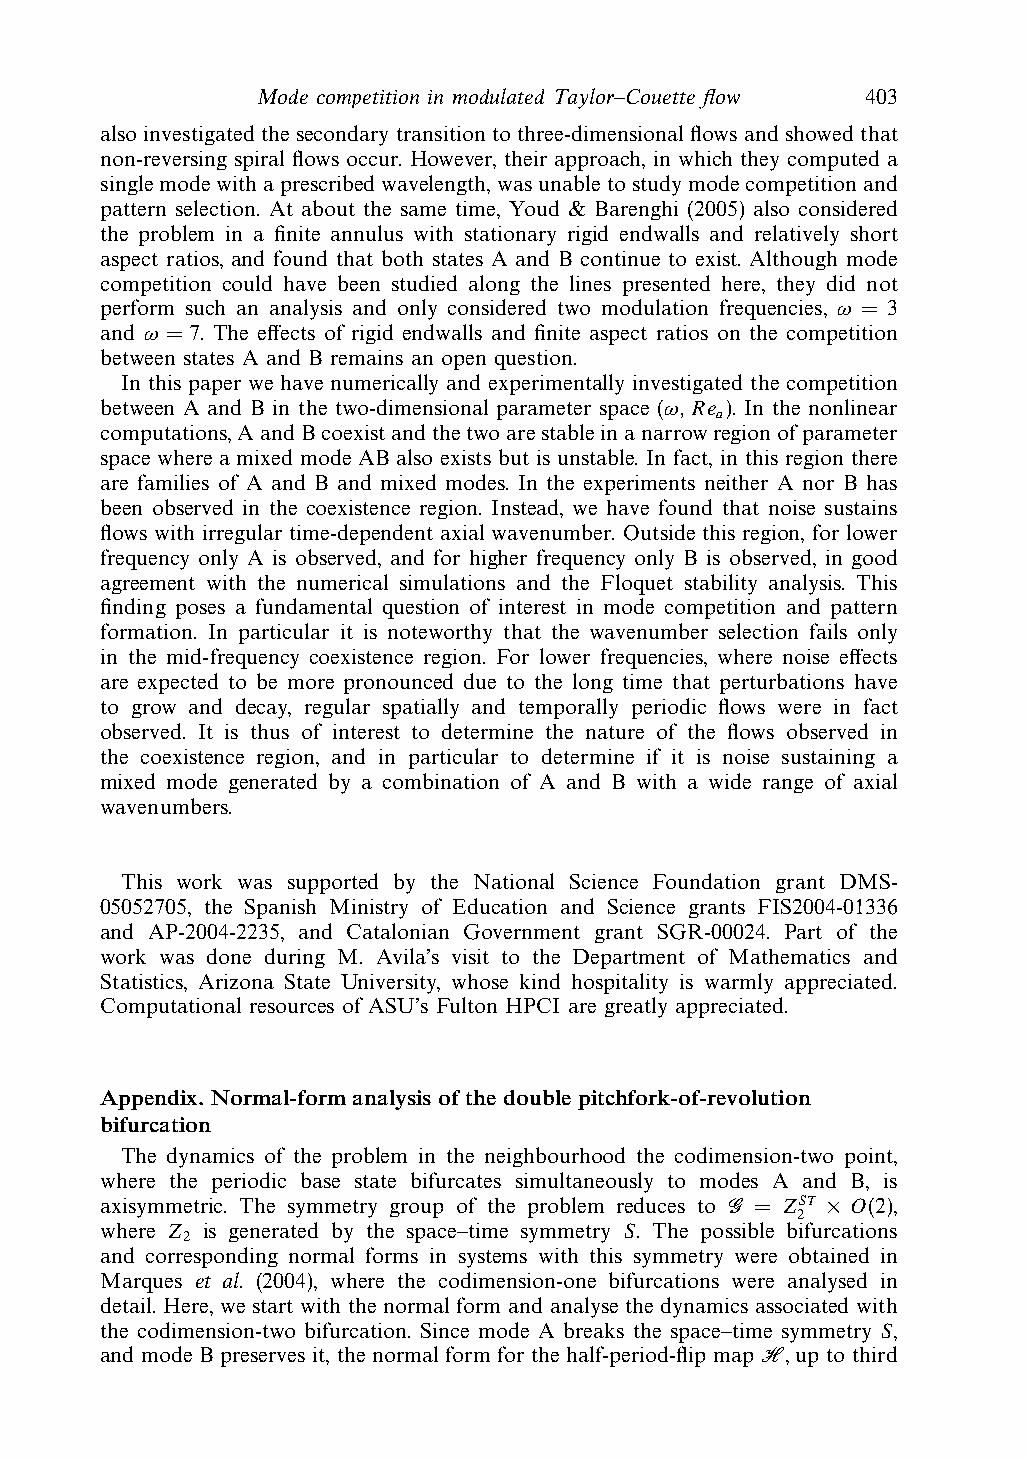
Mode competition in modulated Taylor–Couette flow 403
 also investigated the secondary transition to three-dimensional flows and showed that
 non-reversing spiral flows occur. However, their approach, in which they computed a
 singlemodewithaprescribedwavelength,wasunabletostudymodecompetitionand
 pattern selection. At about the same time, Youd & Barenghi (2005) also considered
 the problem in a finite annulus with stationary rigid endwalls and relatively short
 aspect ratios, and found that both states A and B continue to exist. Although mode
 competition could have been studied along the lines presented here, they did not
 perform such an analysis and only considered two modulation frequencies, ω = 3
 and ω = 7. The effects of rigid endwalls and finite aspect ratios on the competition
 between states A and B remains an open question.
 In this paper we have numerically and experimentally investigated the competition
 between A and B in the two-dimensional parameter space (ω,Re ). In the nonlinear
 a
 computations,AandBcoexistandthetwoarestableinanarrowregionofparameter
 space where a mixed mode AB also exists but is unstable. In fact, in this region there
 are families of A and B and mixed modes. In the experiments neither A nor B has
 been observed in the coexistence region. Instead, we have found that noise sustains
 flows with irregular time-dependent axial wavenumber. Outside this region, for lower
 frequency only A is observed, and for higher frequency only B is observed, in good
 agreement with the numerical simulations and the Floquet stability analysis. This
 finding poses a fundamental question of interest in mode competition and pattern
 formation. In particular it is noteworthy that the wavenumber selection fails only
 in the mid-frequency coexistence region. For lower frequencies, where noise effects
 are expected to be more pronounced due to the long time that perturbations have
 to grow and decay, regular spatially and temporally periodic flows were in fact
 observed. It is thus of interest to determine the nature of the flows observed in
 the coexistence region, and in particular to determine if it is noise sustaining a
 mixed mode generated by a combination of A and B with a wide range of axial
 wavenumbers.
 This work was supported by the National Science Foundation grant DMS-
 05052705, the Spanish Ministry of Education and Science grants FIS2004-01336
 and AP-2004-2235, and Catalonian Government grant SGR-00024. Part of the
 work was done during M. Avila’s visit to the Department of Mathematics and
 Statistics, Arizona State University, whose kind hospitality is warmly appreciated.
 Computational resources of ASU’s Fulton HPCI are greatly appreciated.
 Appendix. Normal-form analysis of the double pitchfork-of-revolution
 bifurcation
 The dynamics of the problem in the neighbourhood the codimension-two point,
 where the periodic base state bifurcates simultaneously to modes A and B, is
 axisymmetric. The symmetry group of the problem reduces to G = ZST × O(2),
 2
 where Z is generated by the space–time symmetry S. The possible bifurcations
 2
 and corresponding normal forms in systems with this symmetry were obtained in
 Marques et al. (2004), where the codimension-one bifurcations were analysed in
 detail. Here, we start with the normal form and analyse the dynamics associated with
 the codimension-two bifurcation. Since mode A breaks the space–time symmetry S,
 and mode B preserves it, the normal form for the half-period-flip map H, up to third